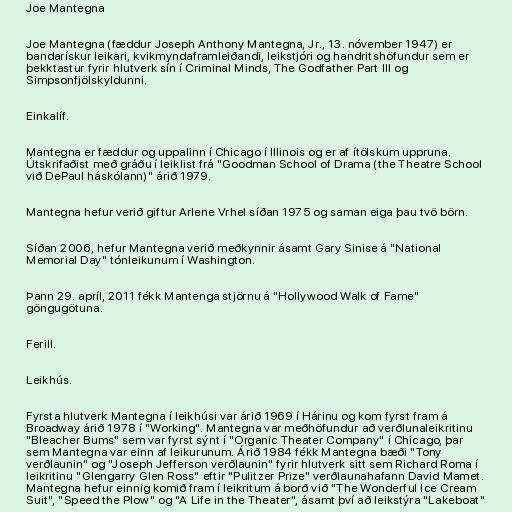
Joe Mantegna

Joe Mantegna (fæddur Joseph Anthony Mantegna, Jr., 13. nóvember 1947) er
bandarískur leikari, kvikmyndaframleiðandi, leikstjóri og handritshöfundur sem er
þekktastur fyrir hlutverk sín í Criminal Minds, The Godfather Part III og
Simpsonfjölskyldunni.

Einkalíf.

Mantegna er fæddur og uppalinn í Chicago í Illinois og er af ítölskum uppruna.
Útskrifaðist með gráðu í leiklist frá "Goodman School of Drama (the Theatre School
við DePaul háskólann)" árið 1979.

Mantegna hefur verið giftur Arlene Vrhel síðan 1975 og saman eiga þau tvö börn.

Síðan 2006, hefur Mantegna verið meðkynnir ásamt Gary Sinise á "National
Memorial Day" tónleikunum í Washington.

Þann 29. apríl, 2011 fékk Mantenga stjörnu á "Hollywood Walk of Fame"
göngugötuna.

Ferill.

Leikhús.

Fyrsta hlutverk Mantegna í leikhúsi var árið 1969 í Hárinu og kom fyrst fram á
Broadway árið 1978 í "Working". Mantegna var meðhöfundur að verðlunaleikritinu
"Bleacher Bums" sem var fyrst sýnt í "Organic Theater Company" í Chicago, þar
sem Mantegna var einn af leikurunum. Árið 1984 fékk Mantegna bæði "Tony
verðlaunin" og "Joseph Jefferson verðlaunin" fyrir hlutverk sitt sem Richard Roma í
leikritinu "Glengarry Glen Ross" eftir "Pulitzer Prize" verðlaunahafann David Mamet.
Mantegna hefur einnig komið fram í leikritum á borð við "The Wonderful Ice Cream
Suit", "Speed the Plow" og "A Life in the Theater", ásamt því að leikstýra "Lakeboat"